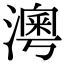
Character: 澚